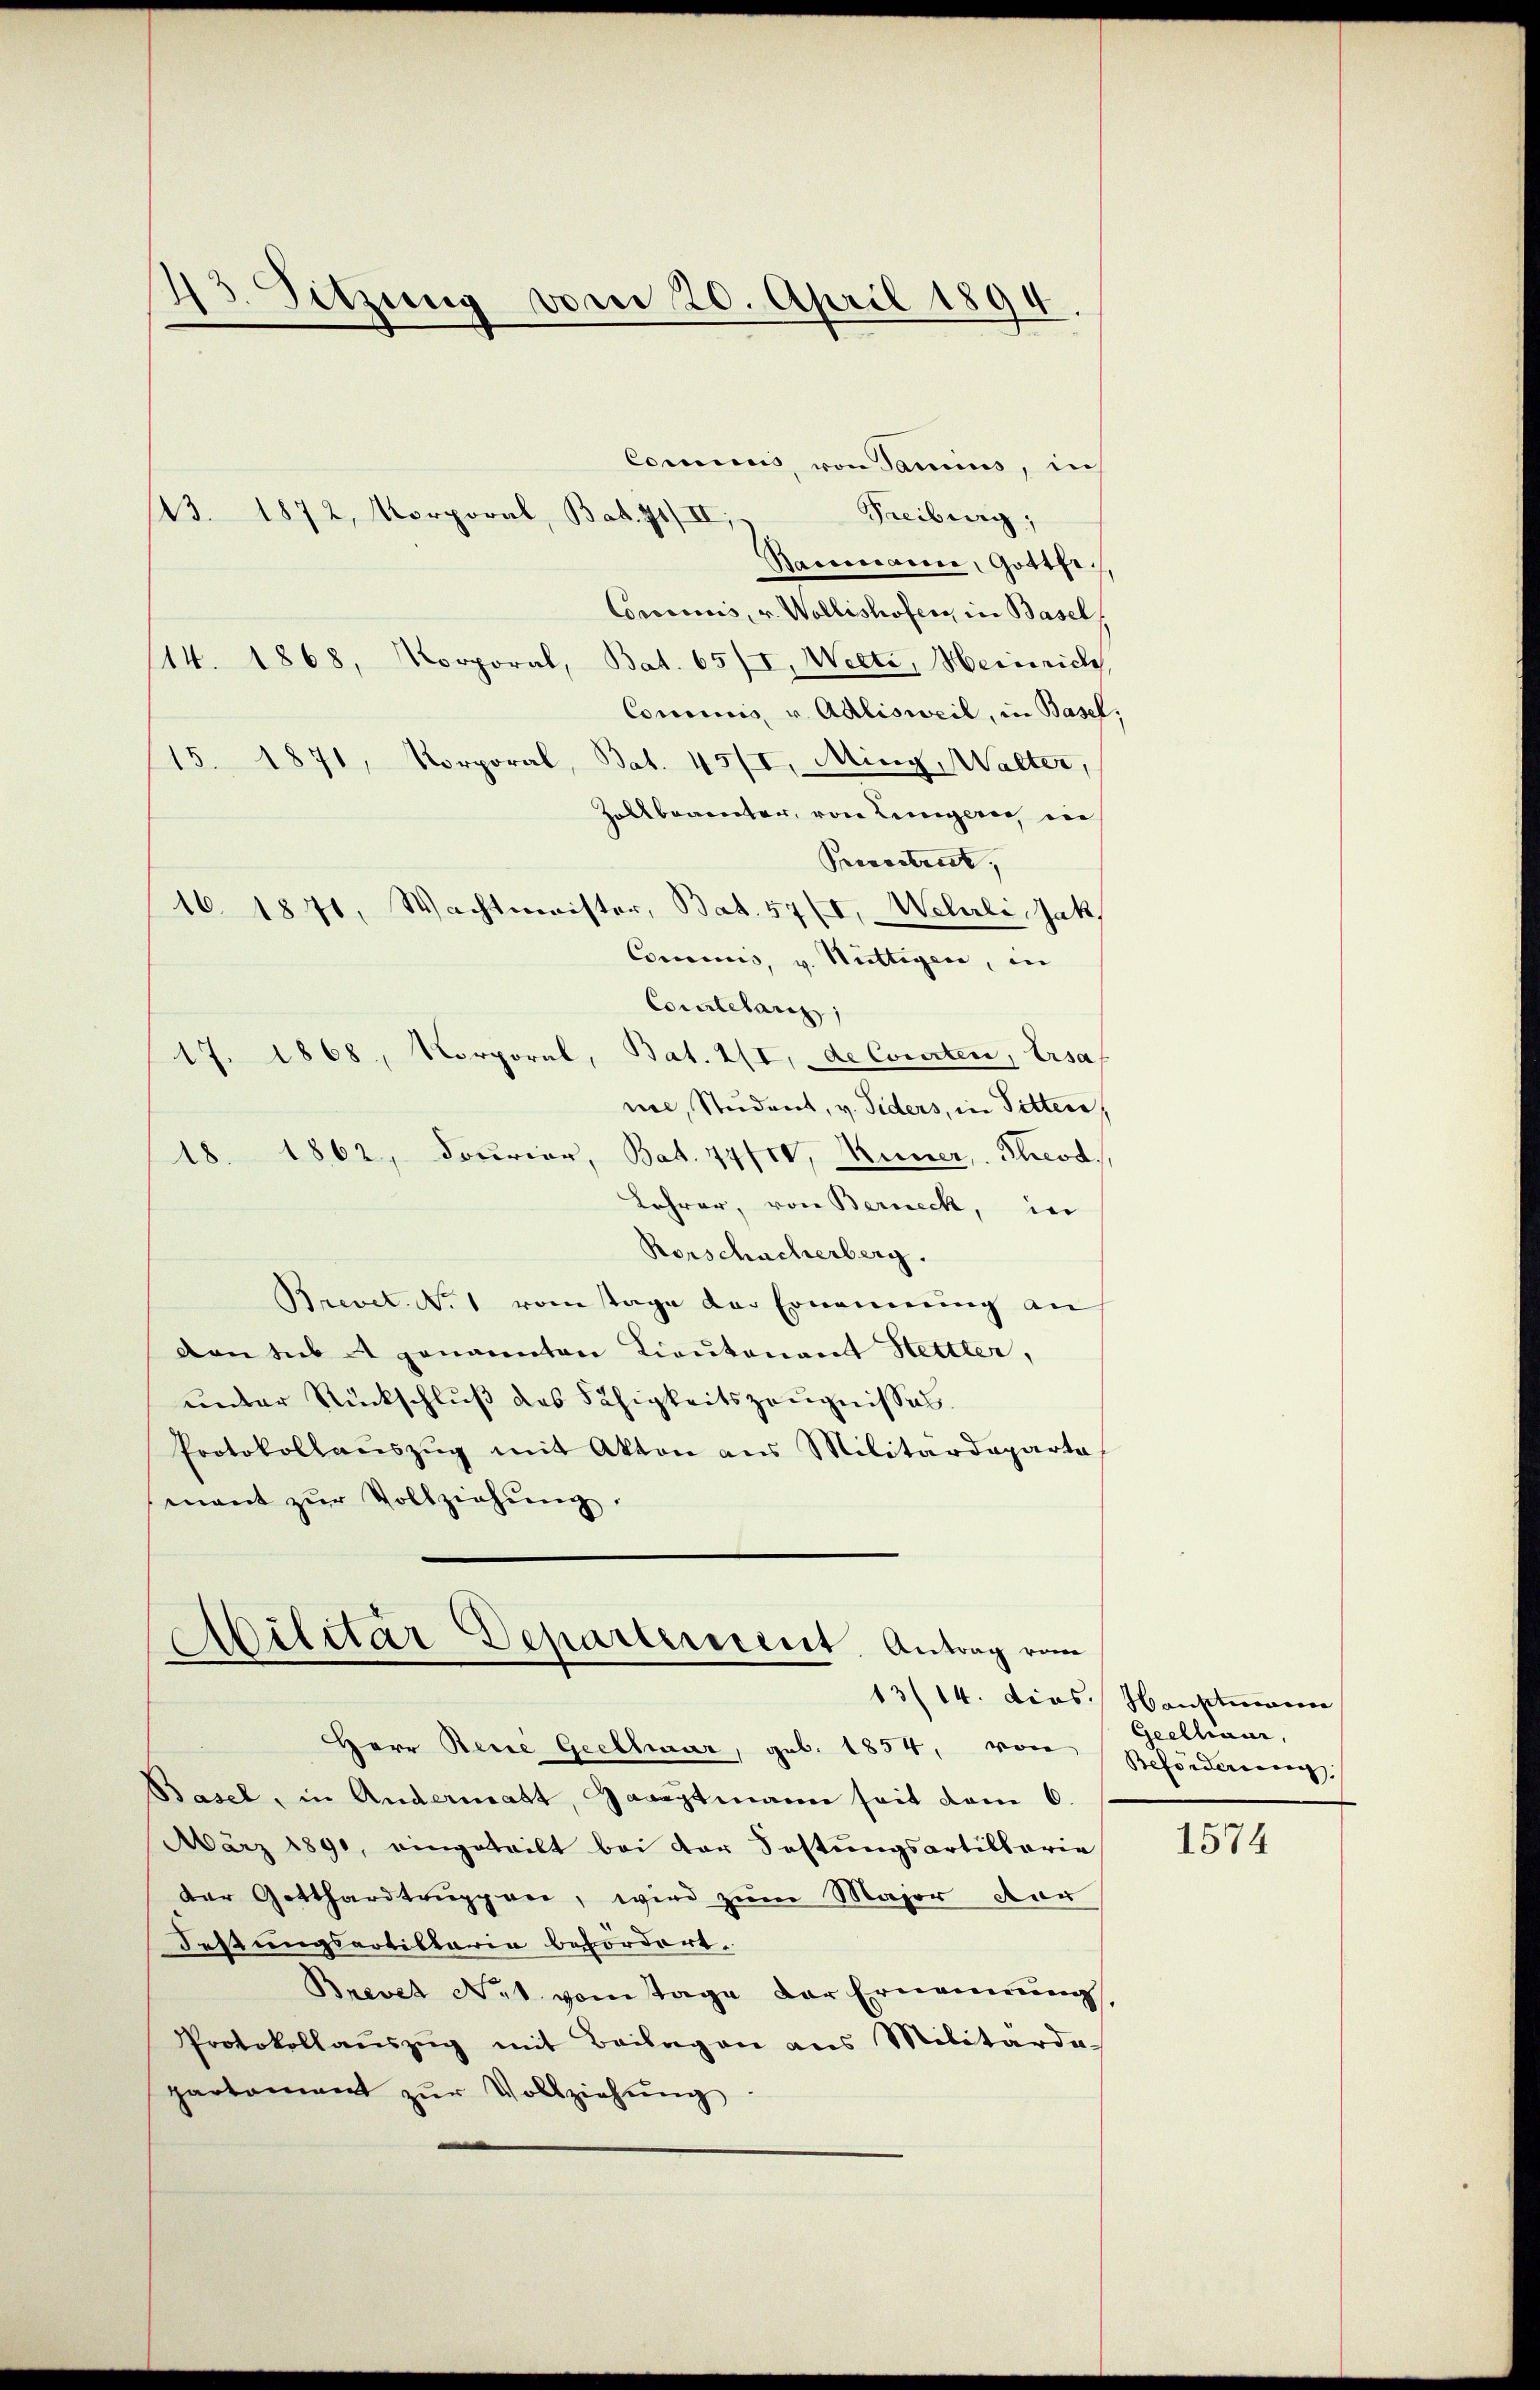
13. 1872, Korporal, Bat. 71/II,
Freiburg,
Sanmann, Gotter.
Concurs, v. Wollishofen in Basel
/14. 1868, Korporal, Bat. 65/I, Welti, Heinrich,
Concinis u. Adlisweil, in Basel
15. 1871, Korporal, Bat. 45/I, Ming, Walter,
Zollbeamter, von Leingere in
Prosestrict,
16. 1871, Wachtmeister, Bat. 57 (I, Welli, Jak.
Commis, v. Mittagen, in
Comlelarz,
17. 1868, Korporal, Bat. III, de Corrten, Ersa
nie, Student, v. Siders, in Pitten,
18. 1862, Dourier, Bat. 77 fr, Kuner, Theod
Lehrer, von Berneck, in
Rorschacherberg.
Brevet. No. 1 vom Tage der Ernennung an
von sub A genannten Lieutenant Hettler,
unter Rückschluß das Fähigkeitszeugnisses.
Protokollaŭszŭg mit Akten aus Militärdeparta
mant zŭr Vollziehŭng.

Sitzung vom 20. April 1894

Commis von Sanius, in

Militar Departement. Antrag vom

Herr Reue Geelhaar, geb. 1854, von
Basel, in Andermatt, Gaaaptmann seit vom 6.
März 1890, eingeteilt bei der Festungsartillarie
der Gotthardtrupprer, wird zum Major vor
Festungsartillaria befördert.
Brevet Net vom Tage der Ernennung,
Protokollaŭszŭg mit Beilagen aus Militarda
partement zur Vollziehung

13/14. dies Hauptmann
Geelhaar,
Beforderung

1574